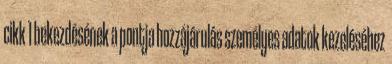
cikk 1 bekezdésének a pontja hozzájárulás személyes adatok kezeléséhez